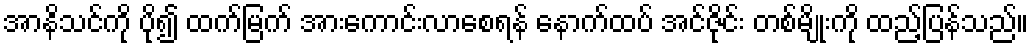
အာနိသင်ကို ပို၍ ထက်မြက် အားကောင်းလာစေရန် နောက်ထပ် အင်ဇိုင်း တစ်မျိုးကို ထည့်ပြန်သည်။